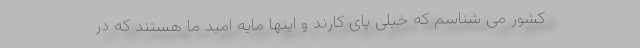
کشور می شناسم که خیلی پای کارند و اینها مایه امید ما هستند که در